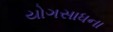
યોગસાધના